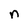
Character: n